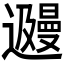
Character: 𬩩